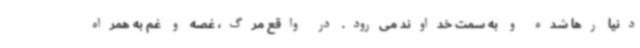
دنیا رها شده و به سمت خداوند می‌رود. در واقع مرگ، غصه و غم به همراه